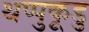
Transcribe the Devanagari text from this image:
थप्पुकूडु